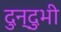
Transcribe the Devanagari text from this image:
दुन्दुभी